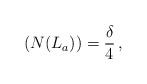
\begin{align*}\,(N(L_a))=\frac{\delta}{4}\,,\end{align*}